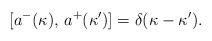
LaTeX: \begin{align*}[a^-(\kappa),\,a^+(\kappa')]=\delta(\kappa-\kappa').\end{align*}